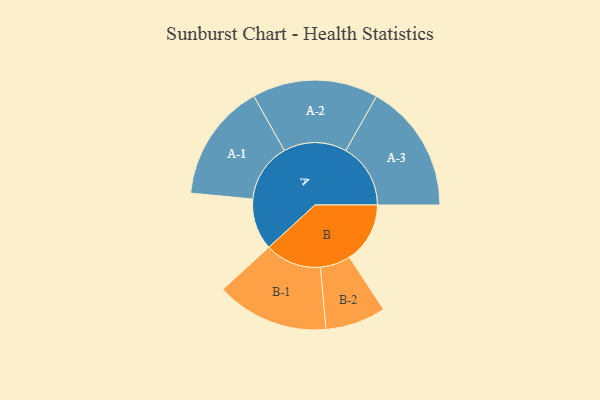
{"axis": {"x": "Segment", "y": "Value"}, "legend": ["", "A", "B"], "data": [{"x": "A", "y": 224, "type": ""}, {"x": "B", "y": 265, "type": ""}, {"x": "A-1", "y": 258, "type": "A"}, {"x": "A-2", "y": 275, "type": "A"}, {"x": "A-3", "y": 283, "type": "A"}, {"x": "B-1", "y": 246, "type": "B"}, {"x": "B-2", "y": 132, "type": "B"}]}